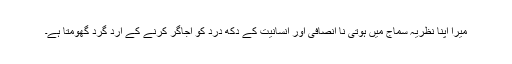
میرا اپنا نظریہ سماج میں ہوتی نا انصافی اور انسانیت کے دُکھ درد کو اجاگر کرنے کے ارد گرد گھومتا ہے۔